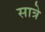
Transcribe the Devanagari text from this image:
सात्रे